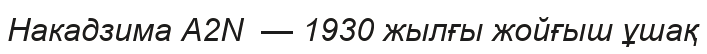
Накадзима A2N  — 1930 жылғы жойғыш ұшақ